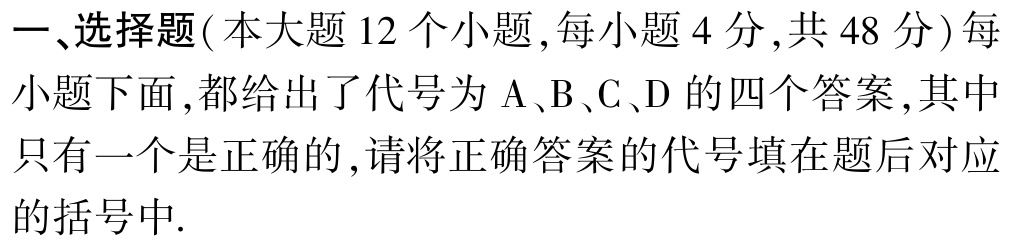
一、选择题(本大题 12 个小题,每小题 4 分,共 48 分) 每小题下面,都给出了代号为 A、B、C、D 的四个答案,其中只有一个是正确的,请将正确答案的代号填在题后对应的括号中.